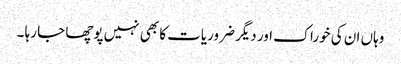
وہاں ان کی خوراک اور دیگر ضروریات کا بھی نہیں پوچھا جا رہا ۔